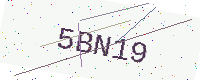
Text: 5BN19